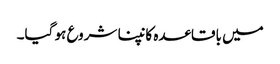
میں باقاعدہ کانپنا شروع ہو گیا۔